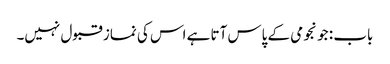
باب : جو نجومی کے پاس آتا ہے اس کی نماز قبول نہیں۔